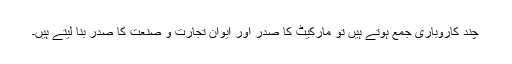
چند کاروباری جمع ہوتے ہیں تو مارکیٹ کا صدر اور ایوانِ تجارت و صنعت کا صدر بنا لیتے ہیں۔